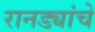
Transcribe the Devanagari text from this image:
रानड्यांचे